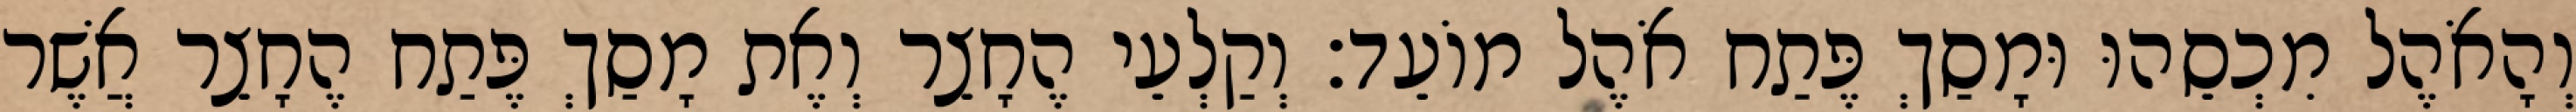
וְהָאֹהֶל מִכְסֵהוּ וּמָסַךְ פֶּתַח אֹהֶל מוֹעֵד׃ וְקַלְעֵי הֶחָצֵר וְאֶת מָסַךְ פֶּתַח הֶחָצֵר אֲשֶׁר